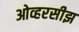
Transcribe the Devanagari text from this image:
ओव्हरसीझ